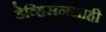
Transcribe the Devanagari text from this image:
डेव्हिसनलाही